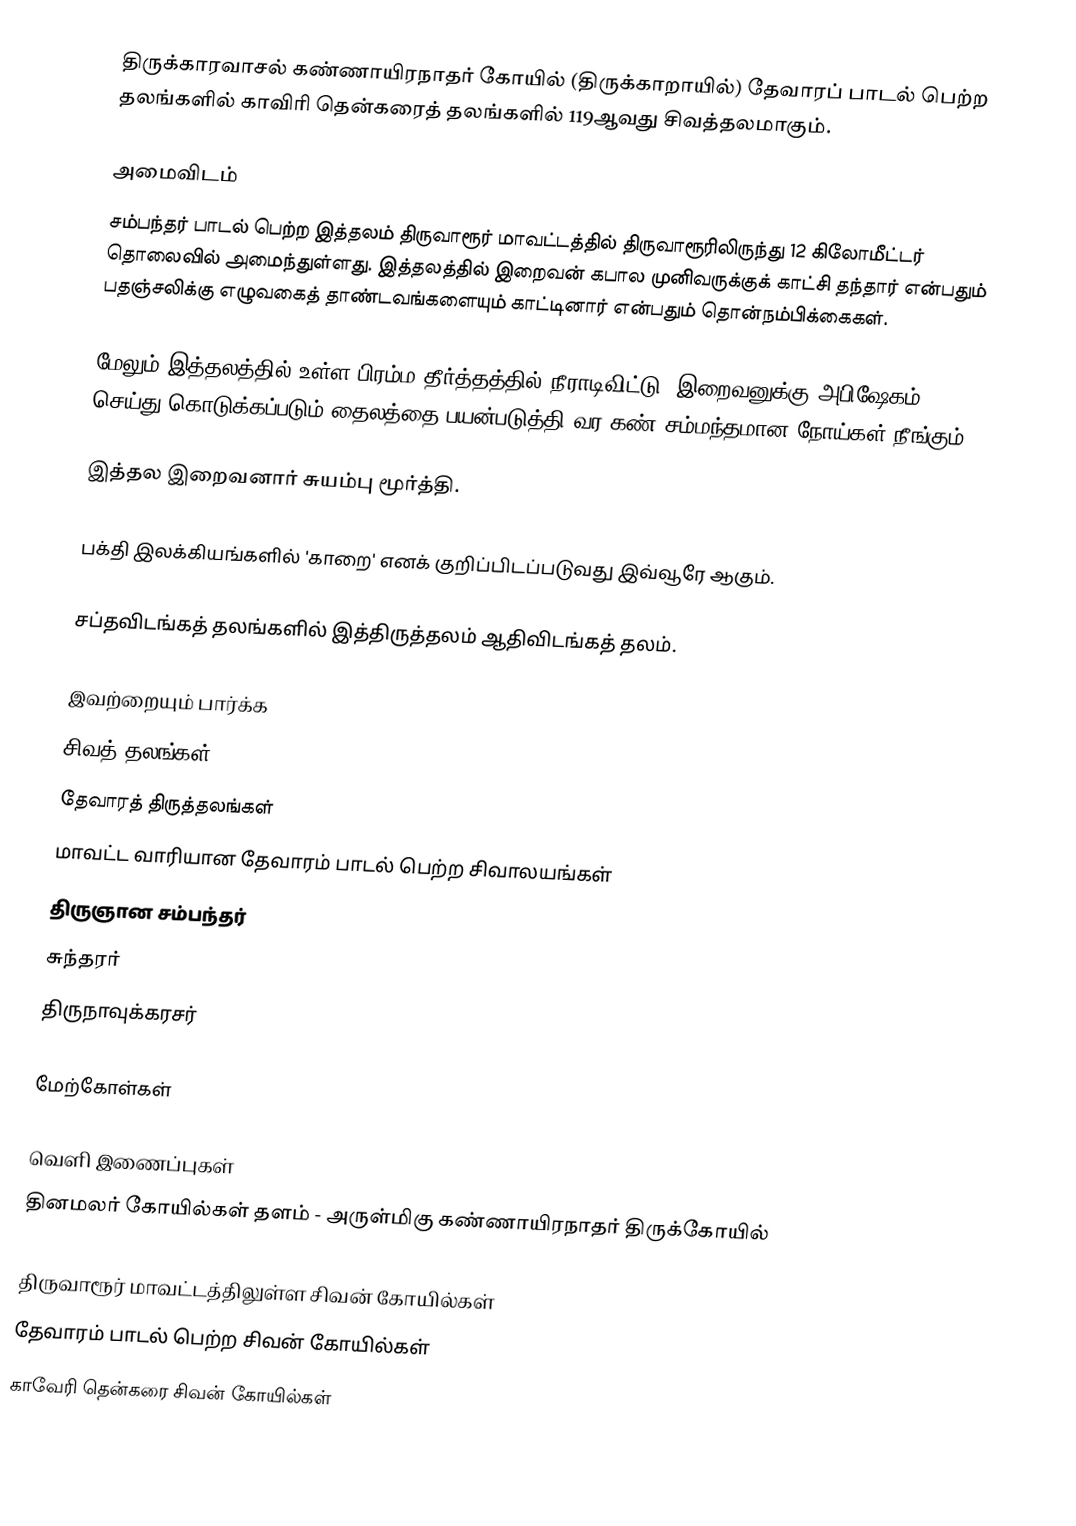
திருக்காரவாசல் கண்ணாயிரநாதர் கோயில் (திருக்காறாயில்) தேவாரப் பாடல் பெற்ற தலங்களில் காவிரி தென்கரைத் தலங்களில் 119ஆவது சிவத்தலமாகும்.

அமைவிடம்
சம்பந்தர் பாடல் பெற்ற இத்தலம் திருவாரூர் மாவட்டத்தில் திருவாரூரிலிருந்து 12 கிலோமீட்டர் தொலைவில் அமைந்துள்ளது. இத்தலத்தில் இறைவன் கபால முனிவருக்குக் காட்சி தந்தார் என்பதும் பதஞ்சலிக்கு எழுவகைத் தாண்டவங்களையும் காட்டினார் என்பதும் தொன்நம்பிக்கைகள்.

மேலும் இத்தலத்தில் உள்ள பிரம்ம தீர்த்தத்தில் நீராடிவிட்டு, இறைவனுக்கு அபிஷேகம் செய்து கொடுக்கப்படும் தைலத்தை பயன்படுத்தி வர கண் சம்மந்தமான நோய்கள் நீங்கும்.

இத்தல இறைவனார் சுயம்பு மூர்த்தி.

பக்தி இலக்கியங்களில் 'காறை' எனக் குறிப்பிடப்படுவது இவ்வூரே ஆகும்.

சப்தவிடங்கத் தலங்களில் இத்திருத்தலம் ஆதிவிடங்கத் தலம்.

இவற்றையும் பார்க்க
 சிவத் தலங்கள்
 தேவாரத் திருத்தலங்கள்
 மாவட்ட வாரியான தேவாரம் பாடல் பெற்ற சிவாலயங்கள்
 திருஞான சம்பந்தர்
 சுந்தரர்
 திருநாவுக்கரசர்

மேற்கோள்கள்

வெளி இணைப்புகள்
தினமலர் கோயில்கள் தளம் - அருள்மிகு கண்ணாயிரநாதர் திருக்கோயில்

திருவாரூர் மாவட்டத்திலுள்ள சிவன் கோயில்கள்
தேவாரம் பாடல் பெற்ற சிவன் கோயில்கள்
காவேரி தென்கரை சிவன் கோயில்கள்